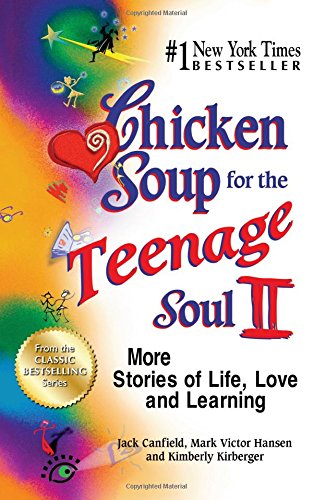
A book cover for Chicken Soup for the Teenage Soul II: More Stories of Life, Love and Learning; Jack Canfield; Christian Books & Bibles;